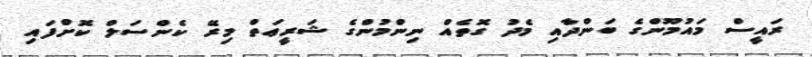
ރައީސް މައުމޫންގެ ބަންދާއި މެދު ގޮތެއް ނިންމުންގެ ޝަރީޢަތް މިރޭ ކެންސަލް ކޮށްފައި